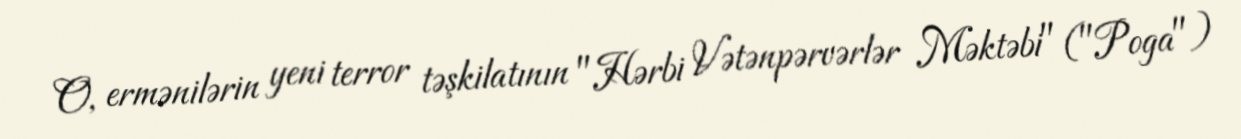
O, ermənilərin yeni terror təşkilatının "Hərbi Vətənpərvərlər Məktəbi" ("Poga")